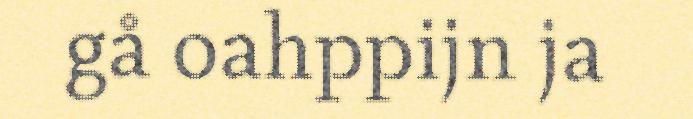
gå oahppijn ja